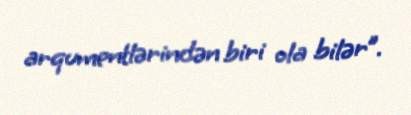
arqumentlərindən biri ola bilər”.